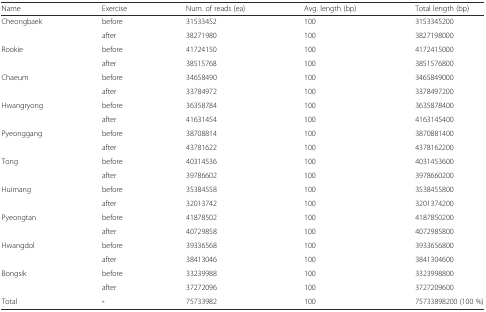
| Name | Exercise | Num. of reads (ea) | Avg. length (bp) | Total length (bp) |
 | --- | --- | --- | --- | --- |
 | <ROWSPAN=2> Cheongbaek | before | 31533452 | 100 | 3153345200 |
 | after | 38271980 | 100 | 3827198000 |
 | <ROWSPAN=2> Rookie | before | 41724150 | 100 | 4172415000 |
 | after | 38515768 | 100 | 3851576800 |
 | <ROWSPAN=2> Chaeum | before | 34658490 | 100 | 3465849000 |
 | after | 33784972 | 100 | 3378497200 |
 | <ROWSPAN=2> Hwangryong | before | 36358784 | 100 | 3635878400 |
 | after | 41631454 | 100 | 4163145400 |
 | <ROWSPAN=2> Pyeonggang | before | 38708814 | 100 | 3870881400 |
 | after | 43781622 | 100 | 4378162200 |
 | <ROWSPAN=2> Tong | before | 40314536 | 100 | 4031453600 |
 | after | 39786602 | 100 | 3978660200 |
 | <ROWSPAN=2> Huimang | before | 35384558 | 100 | 3538455800 |
 | after | 32013742 | 100 | 3201374200 |
 | <ROWSPAN=2> Pyeongtan | before | 41878502 | 100 | 4187850200 |
 | after | 40729858 | 100 | 4072985800 |
 | <ROWSPAN=2> Hwangdol | before | 39336568 | 100 | 3933656800 |
 | after | 38413046 | 100 | 3841304600 |
 | <ROWSPAN=2> Bongsik | before | 33239988 | 100 | 3323998800 |
 | after | 37272096 | 100 | 3727209600 |
 | Total | - | 75733982 | 100 | 75733898200 (100 %) |